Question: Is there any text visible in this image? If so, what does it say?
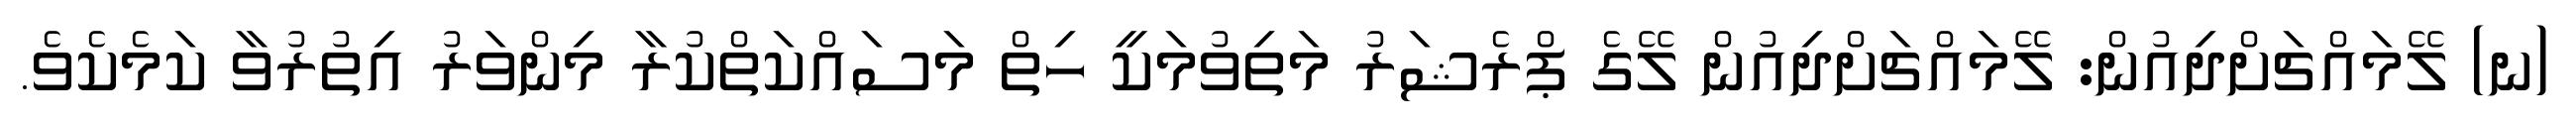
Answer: (ނ) ލޭމައްޗަށްދިއުން: ލޭމައްޗަށްދިއުން ލޭގެ ޕްރެޝަރު މަތިވުމަކީ ހިތް މަސައްކަތްކުރާ މިންވަރު އިތުރުވާ ކަމެކެވެ.